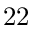
2 2